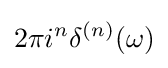
2\pi i^{n}\delta ^{(n)}(\omega )